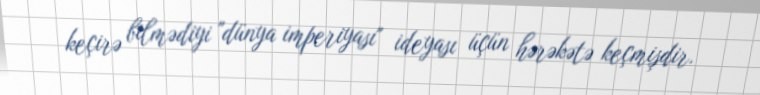
keçirə bilmədiyi "dünya imperiyası" ideyası üçün hərəkətə keçmişdir.